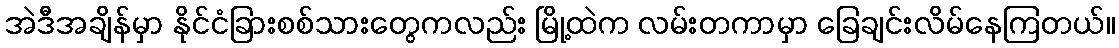
အဲဒီအချိန်မှာ နိုင်ငံခြားစစ်သားတွေကလည်း မြို့ထဲက လမ်းတကာမှာ ခြေချင်းလိမ်နေကြတယ်။